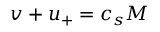
v + u _ { + } = c _ { s } M